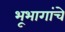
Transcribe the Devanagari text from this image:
भूभागांचे